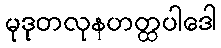
မုဒုတလုနဟတ္ထပါဒေါ